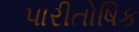
પારીતોષિક